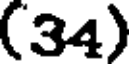
(34)